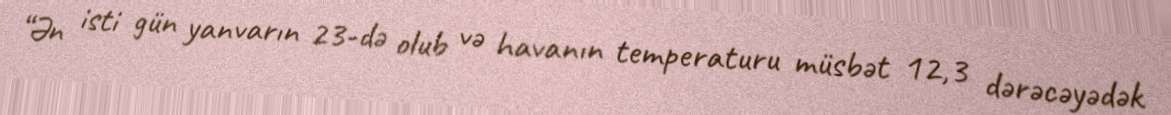
“Ən isti gün yanvarın 23-də olub və havanın temperaturu müsbət 12,3 dərəcəyədək